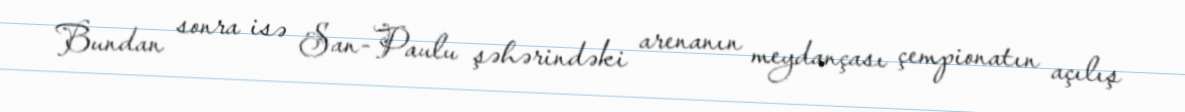
Bundan sonra isə San-Paulu şəhərindəki arenanın meydançası çempionatın açılış